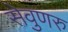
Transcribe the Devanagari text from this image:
सेवुणरु